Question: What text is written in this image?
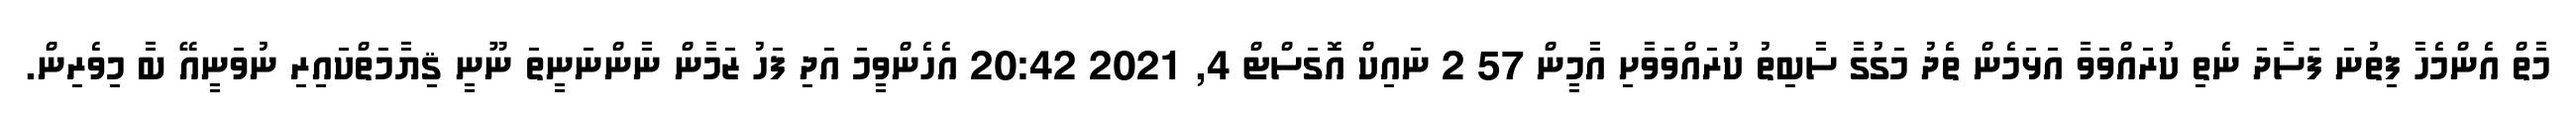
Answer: މާތް އެންމެހާ ފިތުނަ ފަސާދަ ނެތި ކުރައްވަވާ އަޅަމެން ތެދު މަގުގާ ސާބިތު ކުރައްވަވާށި އާމީން 57 2 ނައިކް އޮގަސްޓް 4, 2021 20:42 އެހެންވީމަ އަދި ފަހު ޒަމާން ނާންނަނީތަ ނޫނީ ޤިޔާމަތްކައިރި ނުވަނީއޭ ބާ މިވެރިން.